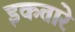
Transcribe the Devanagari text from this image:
इकतारे